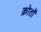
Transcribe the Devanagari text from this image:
क्रोतों